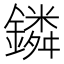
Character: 鏻